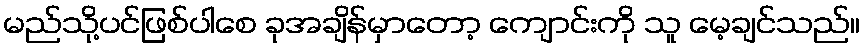
မည်သို့ပင်ဖြစ်ပါစေ ခုအချိန်မှာတော့ ကျောင်းကို သူ မေ့ချင်သည်။